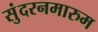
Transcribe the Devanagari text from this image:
सुंदरनमारुम